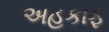
અહકાફ